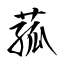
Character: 菰